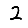
Digit: 2